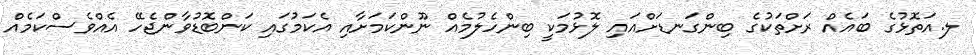
ލ.އަތޮޅުގެ ބައެއް ރަށްތަކުގެ ބިންގަނޑަށްއައި ލޮޅުމަކީ ބިންހެލުމެއް ނޫންކަމަށާއި އެކަމުގައި ކަންބޮޑުވާންޖެހޭ އެއްވެސްކަމެއް